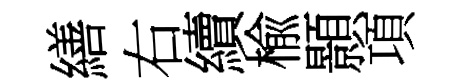
繕右續楡顥項